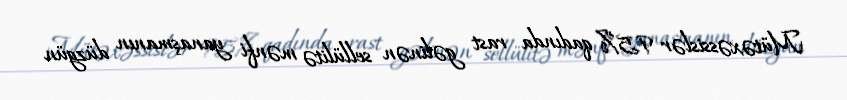
Mütəxəssislər 95% qadında rast gəlinən sellülitə mənfi yanaşmanın düzgün